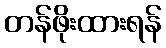
တန်ဖိုးထားရန်